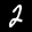
Label: 2